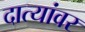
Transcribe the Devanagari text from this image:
दात्यांवर